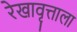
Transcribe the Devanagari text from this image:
रेखावृत्ताला